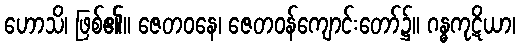
ဟောသိ၊ ဖြစ်၏။ ဇေတဝနေ၊ ဇေတဝန်ကျောင်းတော်၌။ ဂန္ဓကုဋိယာ၊